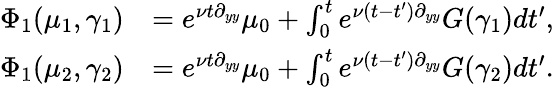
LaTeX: \begin{array}{rl}{\Phi_{1}(\mu_{1},\gamma_{1})}&{=e^{\nu t\partial_{yy}}\mu_{0}+\int_{0}^{t}e^{\nu(t-t^{\prime})\partial_{yy}}G(\gamma_{1})dt^{\prime},}\\ {\Phi_{1}(\mu_{2},\gamma_{2})}&{=e^{\nu t\partial_{yy}}\mu_{0}+\int_{0}^{t}e^{\nu(t-t^{\prime})\partial_{yy}}G(\gamma_{2})dt^{\prime}.}\end{array}